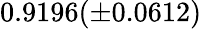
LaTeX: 0.9196(\pm 0.0612)